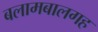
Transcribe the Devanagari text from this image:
बलामबालगह